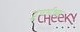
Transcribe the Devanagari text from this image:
ट्रुपर्सच्या